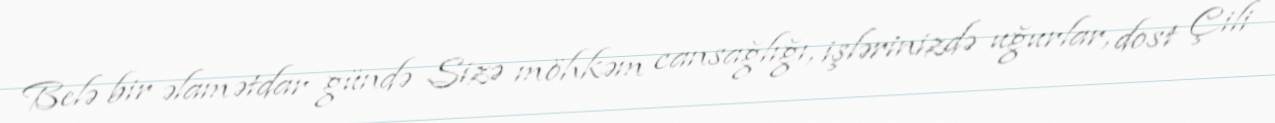
Belə bir əlamətdar gündə Sizə möhkəm cansağlığı, işlərinizdə uğurlar, dost Çili